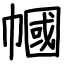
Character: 幗